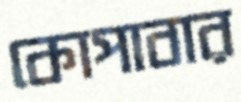
কোপাবার